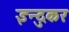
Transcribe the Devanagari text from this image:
इन्दुकर